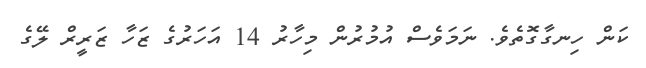
ކަން ހިނގާގޮތެވެ. ނަމަވެސް އުމުރުން މިހާރު 14 އަހަރުގެ ޒަހާ ޒަރީރް ލޭގެ